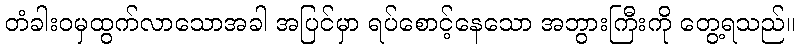
တံခါးဝမှထွက်လာသောအခါ အပြင်မှာ ရပ်စောင့်နေသော အဘွားကြီးကို တွေ့ရသည်။